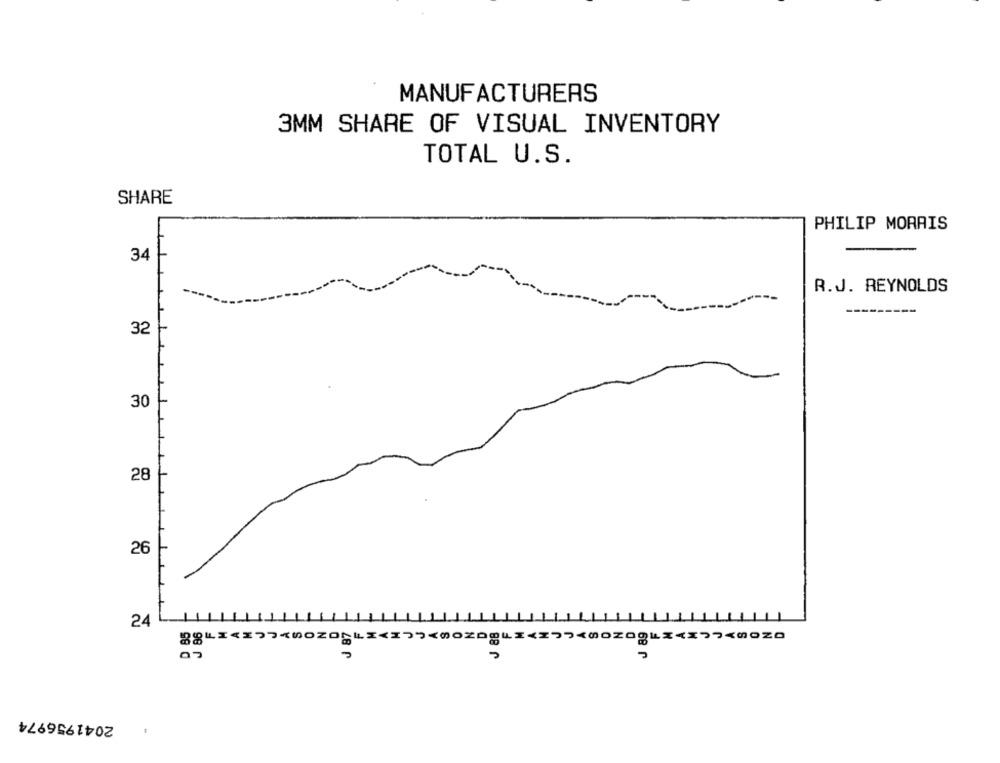
MANUFACTURERS
3MM SHARE OF VISUAL INVENTORY
TOTAL U.S.
SHARE
PHILIP MORRIS
34
R.J. REYNOLDS
32
30
28
26
24
86
J 87
J 88
J 89
85
2041956974